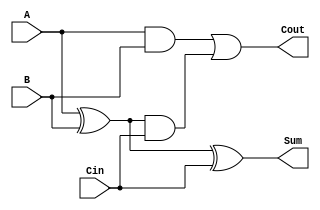
module CarryLookaheadFullAdder (
    input wire A,      // First input bit
    input wire B,      // Second input bit
    input wire Cin,    // Carry input
    output wire Sum,   // Sum output
    output wire Cout   // Carry output
);

// Intermediate signals
wire G;  // Generate
wire P;  // Propagate
wire C1; // Intermediate carry

// Generate and propagate signals
assign G = A & B;         // Generate
assign P = A ^ B;         // Propagate

// Calculate the carry outputs
assign C1 = G | (P & Cin); // Intermediate carry output
assign Cout = C1;          // Final carry output

// Calculate the sum output
assign Sum = P ^ Cin;      // Sum output

endmodule